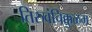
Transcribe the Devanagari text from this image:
तिरुवंचिक्कुळम